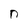
Character: n